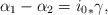
\begin{align*}\alpha_1 - \alpha_2 = {i_0}_* \gamma, \end{align*}